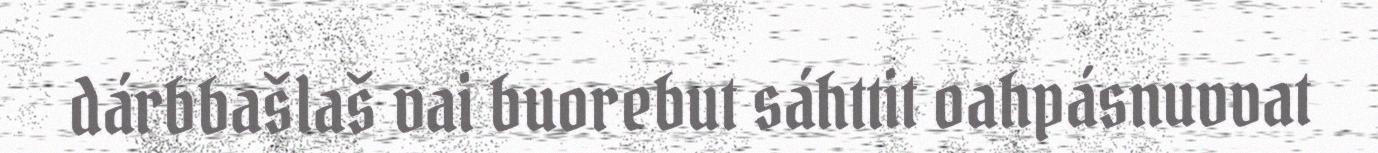
dárbbašlaš vai buorebut sáhttit oahpásnuvvat